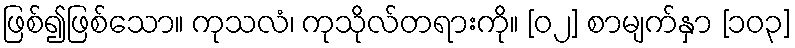
ဖြစ်၍ဖြစ်သော။ ကုသလံ၊ ကုသိုလ်တရားကို။ [၀၂] စာမျက်နှာ [၁၀၃]